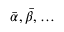
\bar { \alpha } , \bar { \beta } , \ldots